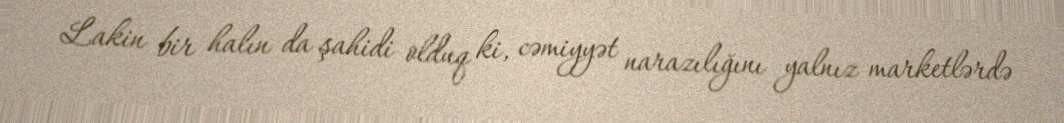
Lakin bir halın da şahidi olduq ki, cəmiyyət narazılığını yalnız marketlərdə